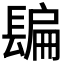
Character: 𨲜